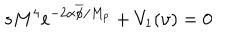
s M ^ { 4 } e ^ { - 2 \alpha \overline { { { \phi } } } / M _ { p } } + V _ { 1 } ( \upsilon ) = 0